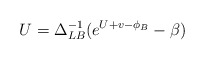
\begin{align*}U = \Delta_{LB}^{-1} (e^{U+v-\phi_B} - \beta)\end{align*}